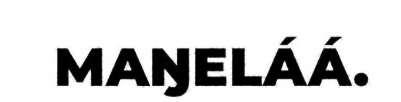
MAŊELÁÁ.